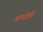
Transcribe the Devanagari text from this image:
अाधीचे